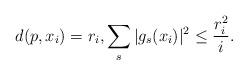
LaTeX: \begin{align*}d(p, x_i) = r_i, \sum\limits_{s}|g_s(x_i)|^2\leq\frac{r_i^2}{i}.\end{align*}